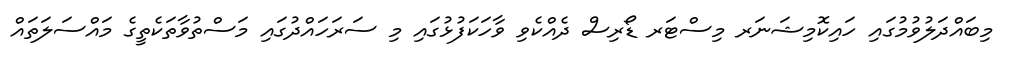
މިބައްދަލުވުމުގައި ހައިކޮމިޝަނަރ މިސްޓަރ ޑޯރިސް ދެއްކެވި ވާހަކަފުޅުގައި މި ސަރަހައްދުގައި މަސްތުވާތަކެތީގެ މައްސަލަތައް